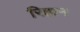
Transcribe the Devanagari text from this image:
रिहान